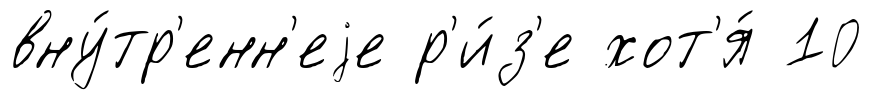
вну́тр'енн'еjе р'и́з'е хот'я́ 10